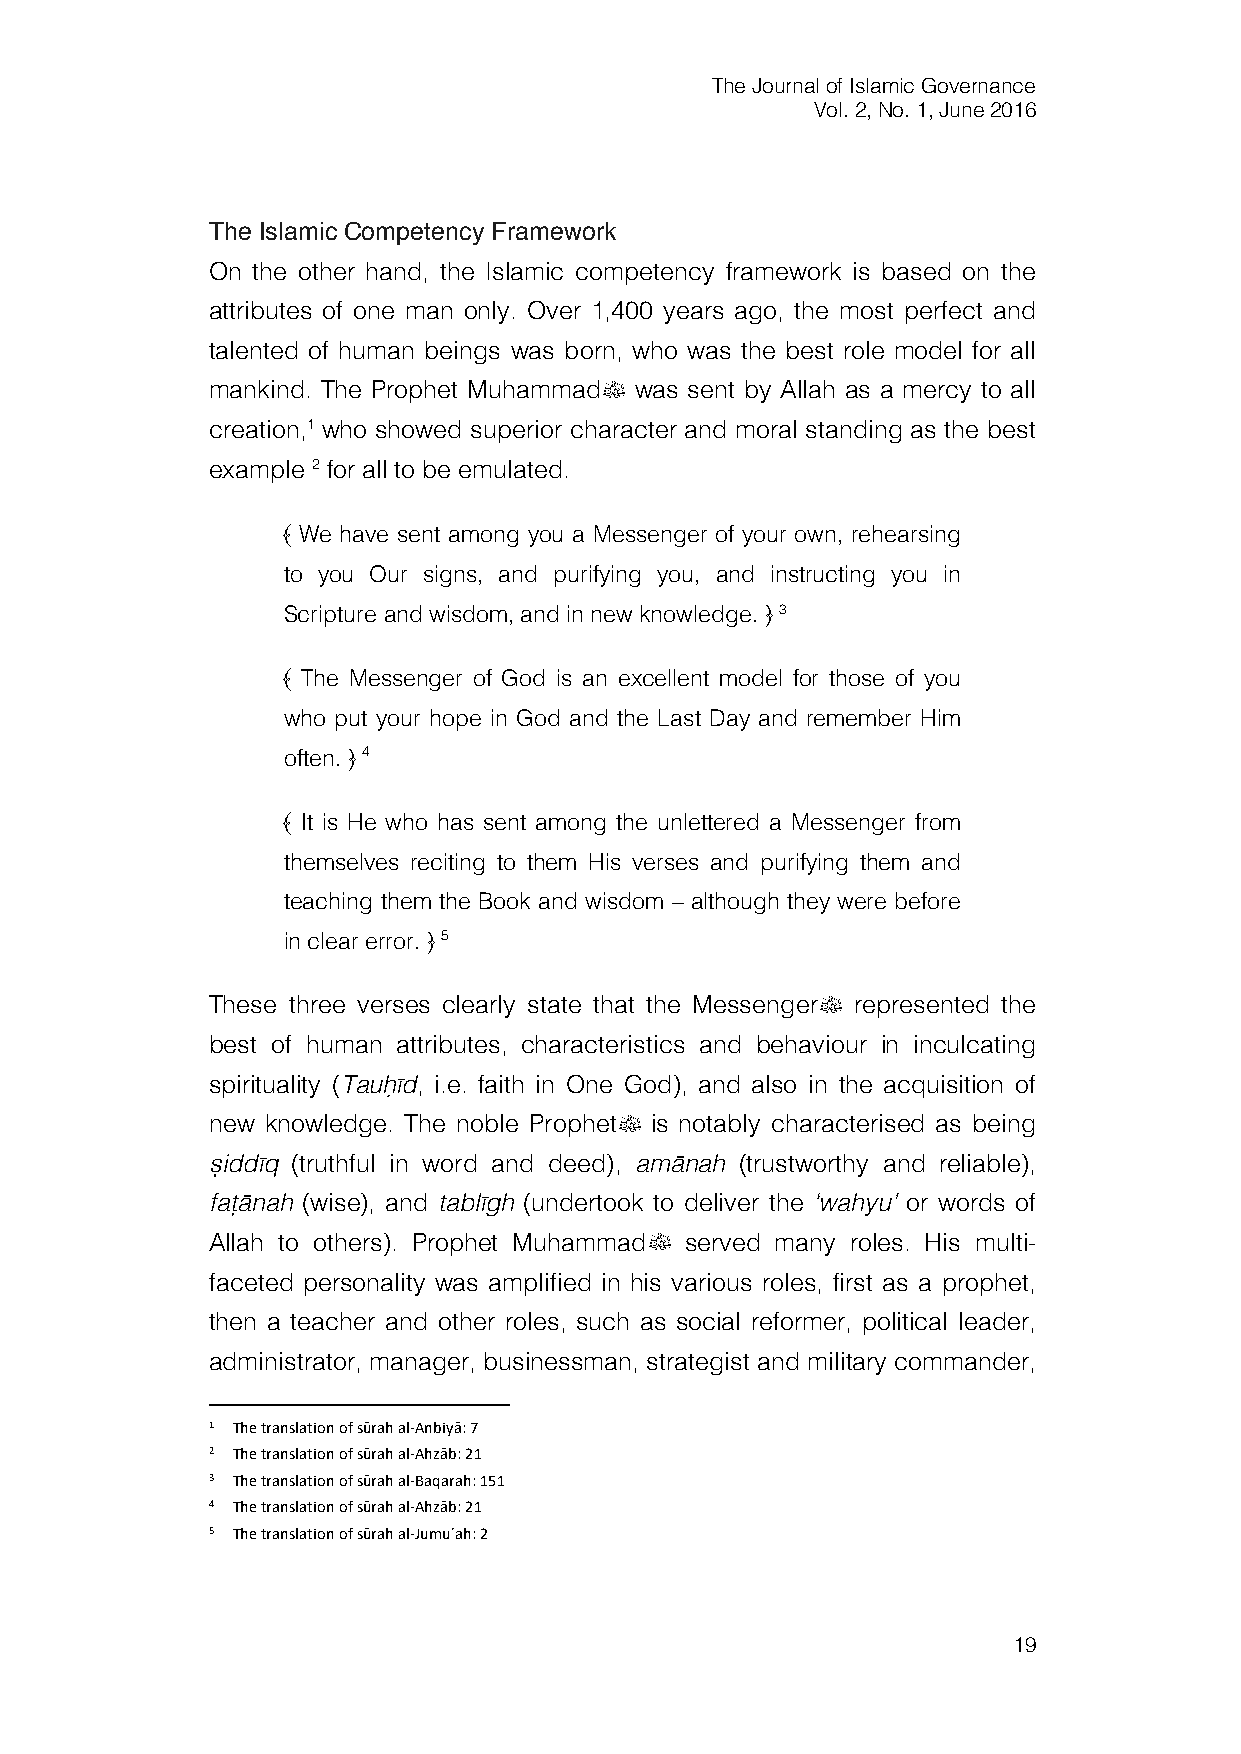
The Journal of Islamic Governance
 Vol. 2, No. 1, June 2016
 The Islamic Competency Framework
 On the other hand, the Islamic competency framework is based on the
 attributes of one man only. Over 1,400 years ago, the most perfect and
 talented of human beings was born, who was the best role model for all
 mankind. The Prophet Muhammadﷺ was sent by Allah as a mercy to all
 creation,1 who showed superior character and moral standing as the best
 example 2 for all to be emulated.
 ﴾ We have sent among you a Messenger of your own, rehearsing
 to you Our signs, and purifying you, and instructing you in
 Scripture and wisdom, and in new knowledge. ﴿ 3
 ﴾ The Messenger of God is an excellent model for those of you
 who put your hope in God and the Last Day and remember Him
 often. ﴿ 4
 ﴾ It is He who has sent among the unlettered a Messenger from
 themselves reciting to them His verses and purifying them and
 teaching them the Book and wisdom – although they were before
 in clear error. ﴿ 5
 These three verses clearly state that the Messengerﷺ represented the
 best of human attributes, characteristics and behaviour in inculcating
 spirituality (Tauḥīd, i.e. faith in One God), and also in the acquisition of
 new knowledge. The noble Prophetﷺ is notably characterised as being
 ṣiddīq (truthful in word and deed), amānah (trustworthy and reliable),
 faṭānah (wise), and tablīgh (undertook to deliver the ‘wahyu’ or words of
 Allah to others). Prophet Muhammadﷺ served many roles. His multi-
 faceted personality was amplified in his various roles, first as a prophet,
 then a teacher and other roles, such as social reformer, political leader,
 administrator, manager, businessman, strategist and military commander,
 1 The translation of sūrah al-Anbiyā: 7
 2 The translation of sūrah al-Ahzāb: 21
 3 The translation of sūrah al-Baqarah: 151
 4 The translation of sūrah al-Ahzāb: 21
 5 The translation of sūrah al-Jumuʿah: 2
 19